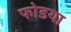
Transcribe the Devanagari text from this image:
फोडया